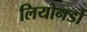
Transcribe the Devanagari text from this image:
लियोनर्डो